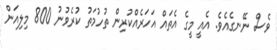
ވެސް ނޭނގެއެވެ. އެއީ މީގެ އެތައް އަހަރެއްކުރިން ތުހުމަތު ކުރެވުނު 800 މިލިއަން